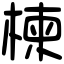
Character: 楝